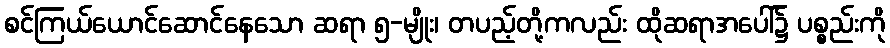
စင်ကြယ်ယောင်ဆောင်နေသော ဆရာ ၅-မျိုး၊ တပည့်တို့ကလည်း ထိုဆရာအပေါ်၌ ပစ္စည်းကို